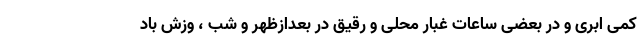
کمی ابری و در بعضی ساعات غبار محلی و رقیق در بعدازظهر و شب ، وزش باد